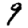
Digit: 9